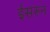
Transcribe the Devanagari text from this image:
ईसरुन